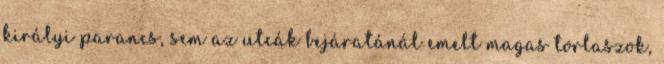
királyi parancs, sem az utcák bejáratánál emelt magas torlaszok,